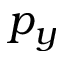
p _ { y }